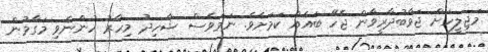
މަޖިލީހަށް ޖަވާބުދާރީވާން ޖެހޭ ބައެއް ކަމަށެވެ. ނަމަވެސް ޝާހިދު މިހާރު ހުންނެވި މަގާމުން